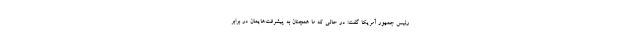
رئیس جمهور آمریکا گفت: در حالی که ما همچنان به پیشرفت‌هایمان در برابر